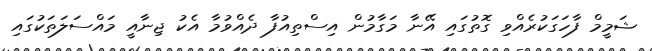
ޝަމީމް ފާހަގަކުރެއްވި ގޮތުގައި އޭނާ މަގާމުން އިސްތިއުފާ ދެއްވުމާ އެކު ޖިނާއީ މައްސަލަތަކުގައި